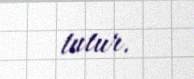
tutur.